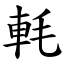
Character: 軞